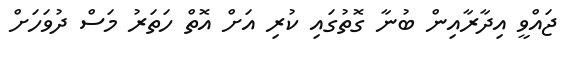
ޖައްވީ އިދާރާއިން ބުނާ ގޮތުގައި ކުރި އަށް އޮތް ހަތަރު މަސް ދުވަހަށް